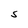
Character: S